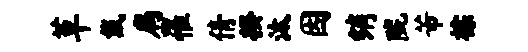
草戴扃罹倩揆汰因绡陇芾棕